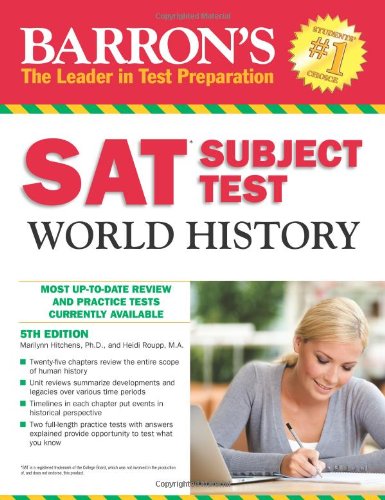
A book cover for Barron's SAT Subject Test World History, 5th Edition; Marilynn Hitchens Ph.D.; Test Preparation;